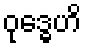
ဝုဒ္ဓေဟိ